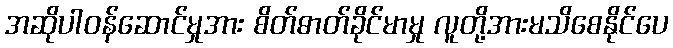
အဆိုပါဝန်ဆောင်မှုအား စိတ်ဓာတ်ခိုင်မာမှု လူတို့အားမသိစေနိုင်ပေ